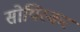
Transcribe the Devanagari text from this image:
सोयिस्कर